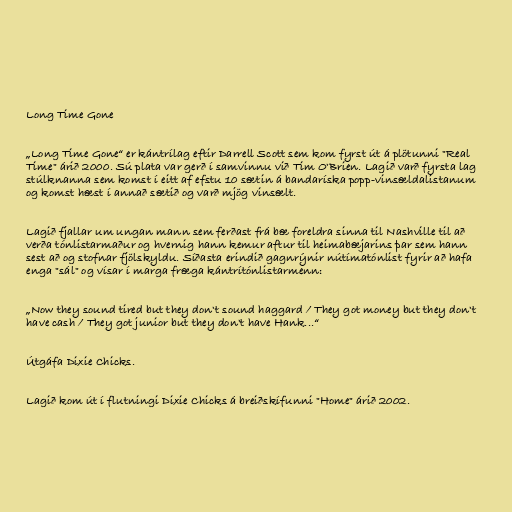
Long Time Gone

„Long Time Gone“ er kántrílag eftir Darrell Scott sem kom fyrst út á plötunni "Real
Time" árið 2000. Sú plata var gerð í samvinnu við Tim O'Brien. Lagið varð fyrsta lag
stúlknanna sem komst í eitt af efstu 10 sætin á bandaríska popp-vinsældalistanum
og komst hæst í annað sætið og varð mjög vinsælt.

Lagið fjallar um ungan mann sem ferðast frá bæ foreldra sinna til Nashville til að
verða tónlistarmaður og hvernig hann kemur aftur til heimabæjarins þar sem hann
sest að og stofnar fjölskyldu. Síðasta erindið gagnrýnir nútímatónlist fyrir að hafa
enga "sál" og vísar í marga fræga kántrítónlistarmenn:

„Now they sound tired but they don't sound haggard / They got money but they don't
have cash / They got junior but they don't have Hank...“

Útgáfa Dixie Chicks.

Lagið kom út í flutningi Dixie Chicks á breiðskífunni "Home" árið 2002.